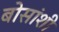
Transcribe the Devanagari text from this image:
बोसांशी